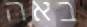
באה